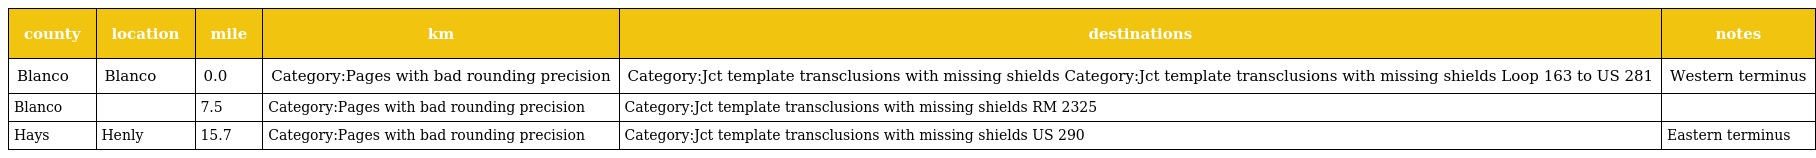
| county | location | mile | km | destinations | notes |
 | --- | --- | --- | --- | --- | --- |
 | Blanco | Blanco | 0.0 | Category:Pages with bad rounding precision | Category:Jct template transclusions with missing shields Category:Jct template transclusions with missing shields Loop 163 to US 281 | Western terminus |
 | Blanco |  | 7.5 | Category:Pages with bad rounding precision | Category:Jct template transclusions with missing shields RM 2325 |  |
 | Hays | Henly | 15.7 | Category:Pages with bad rounding precision | Category:Jct template transclusions with missing shields US 290 | Eastern terminus |